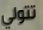
تتولي